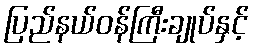
ပြည်နယ်ဝန်ကြီးချုပ်နှင့်